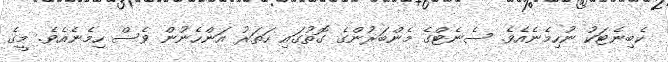
ކެބިނެޓަކު ނުހިމެނެއެވެ. ސެނެޓްގެ މެންބަރުންގެ ގޮތުގައި ހަތަރު އަންހެނުން ވެސް ހިމެނެއެވެ. މީގެ